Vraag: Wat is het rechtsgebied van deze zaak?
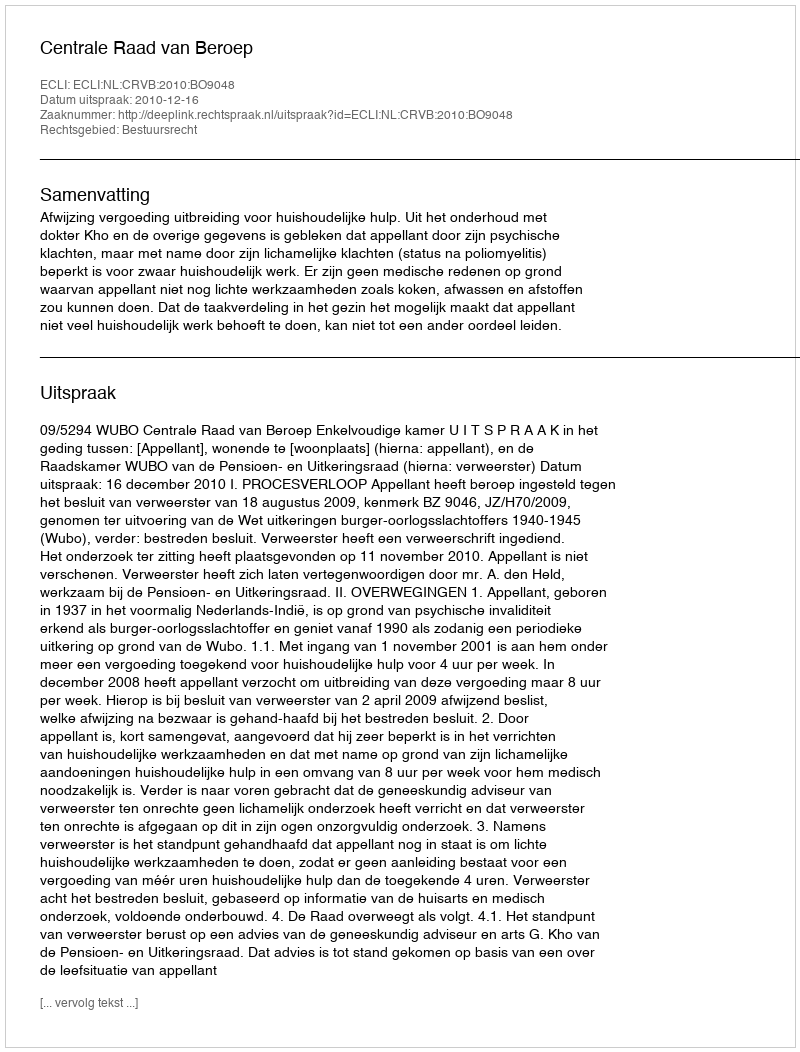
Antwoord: Bestuursrecht